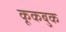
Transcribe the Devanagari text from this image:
कूकबुक